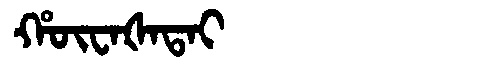
Manchu: ᡥᡡᠸᠠᡧᠠᡨᠠᡳ
Romanization: HŪWAŠATAI